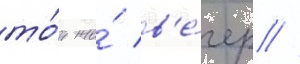
то́т же́ в'е́чер //